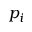
p _ { i }